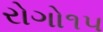
રોગો૧૫